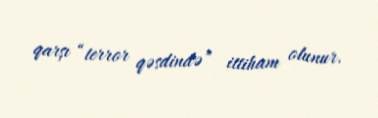
qarşı “terror qəsdində” ittiham olunur.